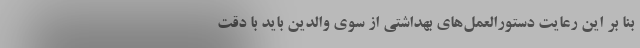
بنا بر این رعایت دستورالعمل‌های بهداشتی از سوی والدین باید با دقت